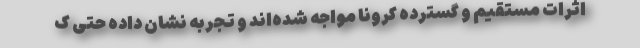
اثرات مستقیم و گسترده کرونا مواجه شده‌اند و تجربه نشان داده حتی ک